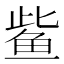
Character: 𫚖